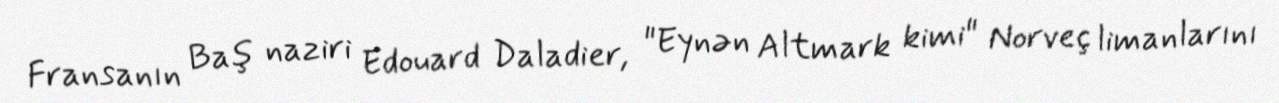
Fransanın Baş naziri Edouard Daladier, "Eynən Altmark kimi" Norveç limanlarını